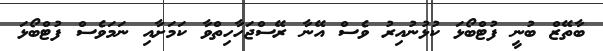
ބާތޭޒް ބުނީ ފުޓްބޯޅަ ކުޅުނުއިރު ވެސް އޭނާ ރޭސްޖަހާހިތްވާ ކަމަށާއި ނަމަވެސް ފުޓްބޯޅަ